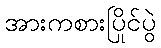
အားကစားပြိုင်ပွဲ